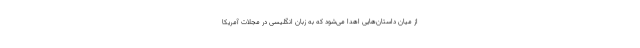
از میان داستان‌هایی اهدا می‌شود که به زبان انگلیسی در مجلات آمریکا